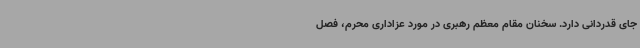
جای قدردانی دارد. سخنان مقام معظم رهبری در مورد عزاداری محرم، فصل